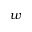
w